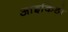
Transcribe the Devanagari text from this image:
आइकिडो